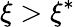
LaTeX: \xi>\xi^{*}